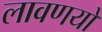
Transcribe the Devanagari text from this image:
लावणयों